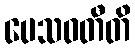
ပေသဝတီတိ